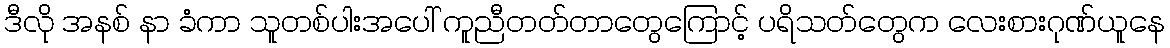
ဒီလို အနစ် နာ ခံကာ သူတစ်ပါးအပေါ် ကူညီတတ်တာတွေကြောင့် ပရိသတ်တွေက လေးစားဂုဏ်ယူနေ